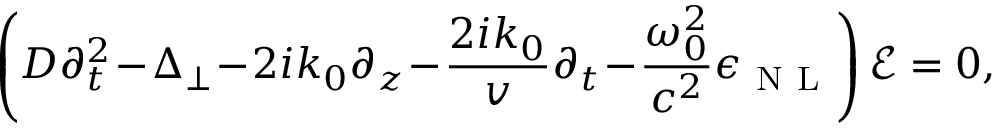
\left( D \partial _ { t } ^ { 2 } \! - \! \Delta _ { \perp } \! - \! 2 i k _ { 0 } \partial _ { z } \! - \! \frac { 2 i k _ { 0 } } { v } \partial _ { t } \! - \! \frac { \omega _ { 0 } ^ { 2 } } { c ^ { 2 } } \epsilon _ { \mathrm { ~ N ~ L ~ } } \right) \mathcal { E } = 0 ,